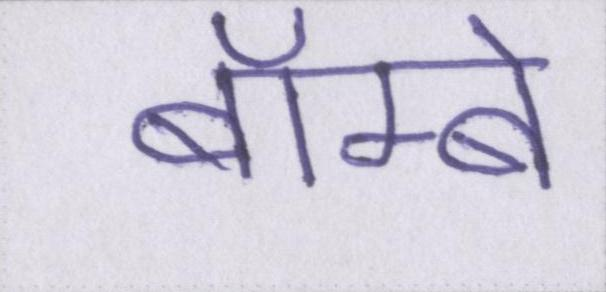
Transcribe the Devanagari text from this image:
बॅाम्बे